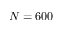
N = 6 0 0